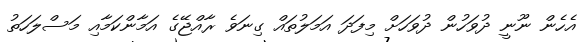
އެހެން ނޫނީ ދުވަހުން ދުވަހަށް މިފަދަ އަމަލުތައް ގިނަވެ ރާއްޖޭގެ އަމާންކަމާއި މަސްލަހަތު